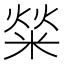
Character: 𤌟